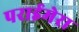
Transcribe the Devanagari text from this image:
पराईमेरा